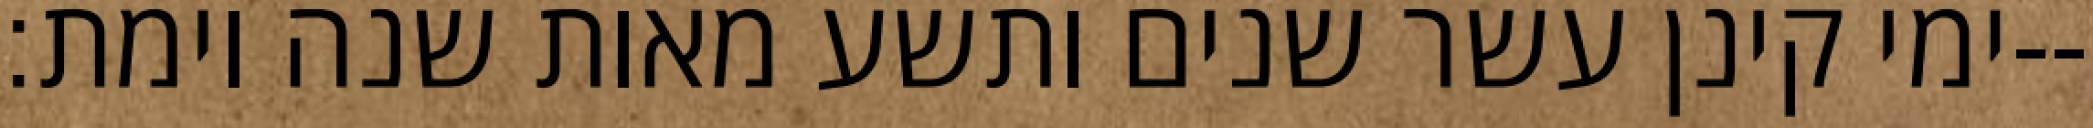
ימי קינן עשר שנים ותשע מאות שנה וימת׃--